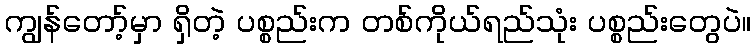
ကျွန်တော့်မှာ ရှိတဲ့ ပစ္စည်းက တစ်ကိုယ်ရည်သုံး ပစ္စည်းတွေပဲ။